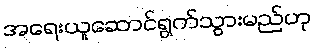
အရေးယူဆောင်ရွက်သွားမည်ဟု